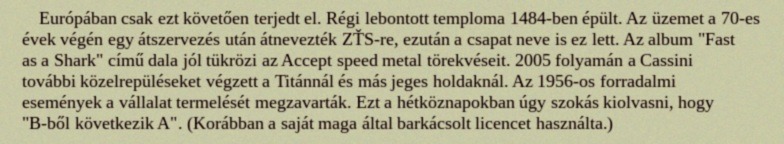
Európában csak ezt követően terjedt el. Régi lebontott temploma 1484-ben épült. Az üzemet a 70-es évek végén egy átszervezés után átnevezték ZŤS-re, ezután a csapat neve is ez lett. Az album "Fast as a Shark" című dala jól tükrözi az Accept speed metal törekvéseit. 2005 folyamán a Cassini további közelrepüléseket végzett a Titánnál és más jeges holdaknál. Az 1956-os forradalmi események a vállalat termelését megzavarták. Ezt a hétköznapokban úgy szokás kiolvasni, hogy "B-ből következik A". (Korábban a saját maga által barkácsolt licencet használta.)